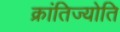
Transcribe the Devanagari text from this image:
क्रांतिज्योति